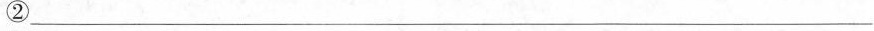
②_____